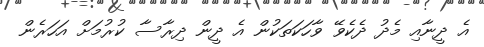
އެ ދީނާއި މެދު ދެކެވޭ ވާހަކަތަކުން އެ ދީން ދިރާސާ ކުރުމަށް އަހަރެން